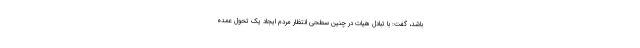
باشد، گفت: با تبادل هیات در چنین سطحی انتظار مردم ایجاد یک تحول عمده